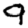
Digit: 9